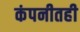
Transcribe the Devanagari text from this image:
कंपनीतही